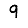
Digit: 9